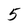
Character: 5